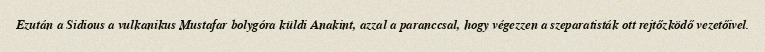
Ezután a Sidious a vulkanikus Mustafar bolygóra küldi Anakint, azzal a paranccsal, hogy végezzen a szeparatisták ott rejtőzködő vezetőivel.